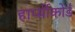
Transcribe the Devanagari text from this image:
हार्प्सीकोर्ड